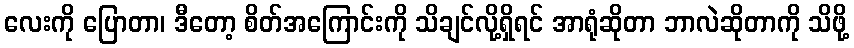
လေးကို ပြောတာ၊ ဒီတော့ စိတ်အကြောင်းကို သိချင်လို့ရှိရင် အာရုံဆိုတာ ဘာလဲဆိုတာကို သိဖို့